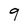
Character: 9